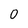
Character: 0